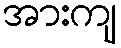
အားကျ